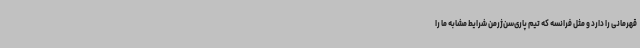
قهرمانی را دارد و مثل فرانسه که تیم پاری‌سن‌ژرمن شرایط مشابه ما را